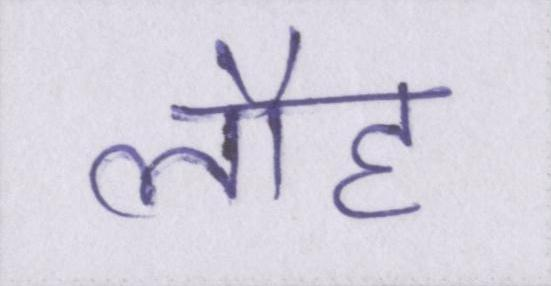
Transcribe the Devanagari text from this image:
लौह